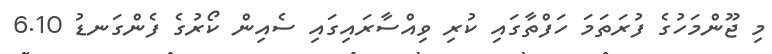
މި ޖޫންމަހުގެ ފުރަތަމަ ހަފްތާގައި ކުރި ވިއްސާރައިގައި ސެއިން ކޯރުގެ ފެންގަނޑު 6.10